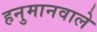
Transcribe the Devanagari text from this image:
हनुमानवाले